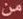
من